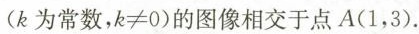
(k为常数，k\ne0)的图像相交于点A(1，3)。